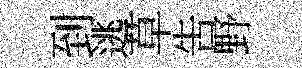
到逃草吿野